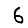
Digit: 6